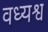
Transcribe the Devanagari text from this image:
वध्यश्व